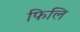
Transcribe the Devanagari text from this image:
फिलि